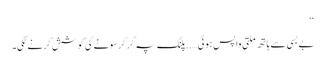
‘‘
بے بسی سے ہاتھ ملتی واپس ہوئی…..پلنگ پہ گر کرسونے کی کوشش کرنے لگی۔